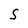
Character: S